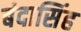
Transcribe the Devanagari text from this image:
बंदासिंह